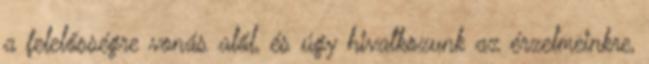
a felelősségre vonás alól, és úgy hivatkozunk az érzelmeinkre,